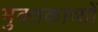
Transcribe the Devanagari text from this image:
मुक्तकाव्यों